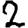
Digit: 2